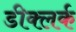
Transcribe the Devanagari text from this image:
डीक्लर्क